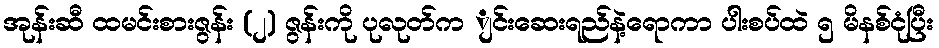
အုန်းဆီ ထမင်းစားဇွန်း (၂) ဇွန်းကို ပုလုတ်က ျင်းဆေးရည်နဲ့ရောကာ ပါးစပ်ထဲ ၅ မိနစ်ငုံပြီး